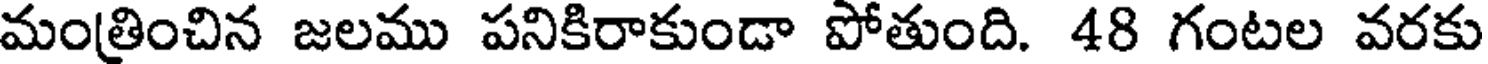
మంత్రించిన జలము పనికిరాకుండా పోతుంది. 48 గంటల వరకు